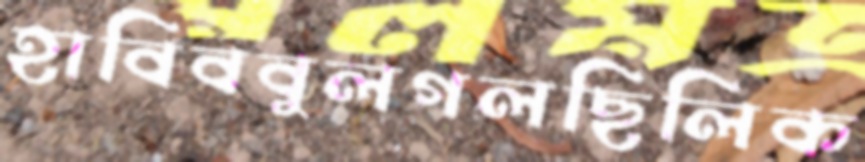
হাবিববুলগলছিলিক